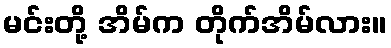
မင်းတို့ အိမ်က တိုက်အိမ်လား။